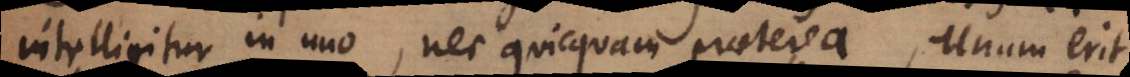
intelligitur in uno, nec quicquam praeterea, unum erit